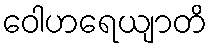
ဝေါဟရေယျာတိ